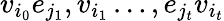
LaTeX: v_{i_{0}}e_{j_{1}},v_{i_{1}}\dots,e_{j_{t}}v_{i_{t}}